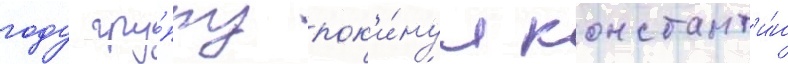
году гру́ппу пок'и́нул констант'и́н